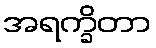
အရက္ခိတာ